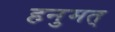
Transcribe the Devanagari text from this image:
हनुमत्